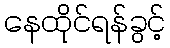
နေထိုင်ရန်ခွင့်